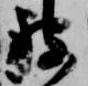
被